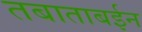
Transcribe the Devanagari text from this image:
तबाताबईन